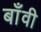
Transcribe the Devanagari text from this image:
बाँवी